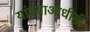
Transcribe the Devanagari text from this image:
यांच्याआधीही